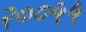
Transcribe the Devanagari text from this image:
२००५५